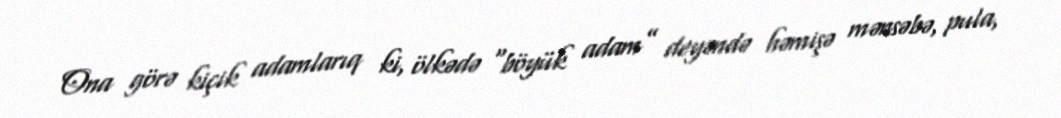
Ona görə kiçik adamlarıq ki, ölkədə “böyük adam” deyəndə həmişə mənsəbə, pula,